Annual report of the Punjab Veterinary College and of the Civil Veterinary Department, Punjab - 1894-1908
Year: 1894
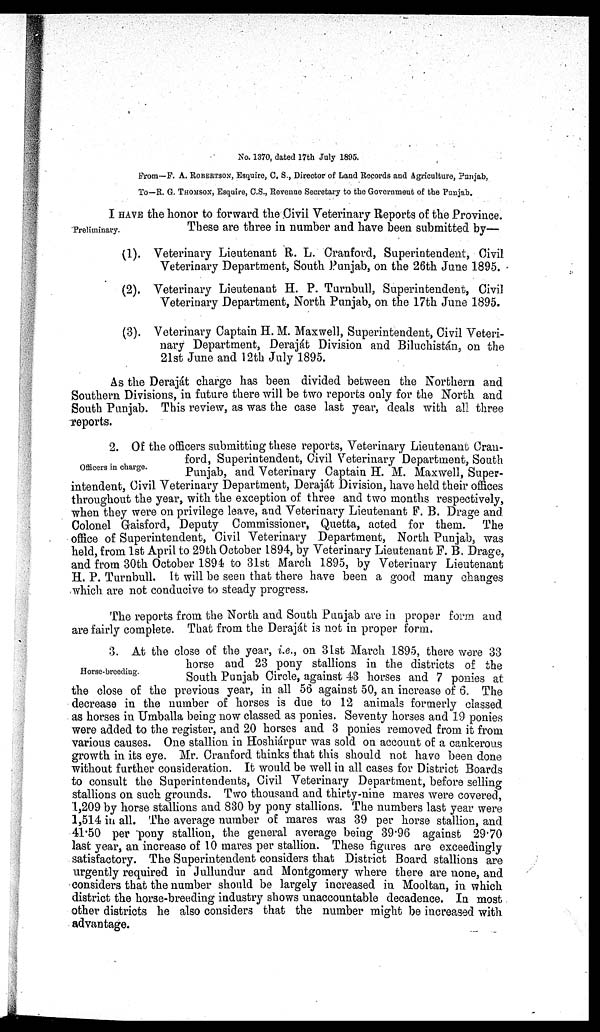
No. 1370, dated 17th July 1895.
From—F. A. ROBERTSON, Esquire, C. S., Director of Land Records and Agriculture, Punjab,
To—R. G. THOMSON, Esquire, C.S., Revenue Secretary to the Government of the Punjab.
Preliminary.
I HAVE the honor to forward the Civil Veterinary Reports of the Province.
These are three in number and have been submitted by—
(1). Veterinary Lieutenant R. L. Cranford, Superintendent, Civil
Veterinary Department, South Punjab, on the 26th June 1895.
(2). Veterinary Lieutenant H. P. Turnbull, Superintendent, Civil
Veterinary Department, North Punjab, on the 17th June 1895.
(3). Veterinary Captain H. M. Maxwell, Superintendent, Civil Veteri-
nary Department, Deraját Division and Biluchistán, on the
21st June and 12th July 1895.
As the Deraját charge has been divided between the Northern and
Southern Divisions, in future there will be two reports only for the North and
South Punjab. This review, as was the case last year, deals with all three
reports.
Officers in charge.
2. Of the officers submitting these reports, Veterinary Lieutenant Cran-
ford, Superintendent, Civil Veterinary Department, South
Punjab, and Veterinary Captain H. M. Maxwell, Super-
intendent, Civil Veterinary Department, Deraját Division, have held their offices
throughout the year, with the exception of three and two months respectively,
when they were on privilege leave, and Veterinary Lieutenant F. B. Drage and
Colonel Gaisford, Deputy Commissioner, Quetta, acted for them. The
office of Superintendent, Civil Veterinary Department, North Punjab, was
held, from 1st April to 29th October 1894, by Veterinary Lieutenant F. B. Drage,
and from 30th October 1894 to 31st March 1895, by Veterinary Lieutenant
H. P. Turnbull. It will be seen that there have been a good many changes
which are not conducive to steady progress.
The reports from the North and South Punjab are in proper form and
are fairly complete. That from the Deraját is not in proper form.
Horse-breeding.
3. At the close of the year, i.e., on 31st March 1895, there were 33
horse and 23 pony stallions in the districts of the
South Punjab Circle, against 43 horses and 7 ponies at
the close of the previous year, in all 56 against 50, an increase of 6. The
decrease in the number of horses is due to 12 animals formerly classed
as horses in Umballa being now classed as ponies. Seventy horses and 19 ponies
were added to the register, and 20 horses and 3 ponies removed from it from
various causes. One stallion in Hoshiárpur was sold on account of a cankerous
growth in its eye. Mr. Cranford thinks that this should not have been done
without further consideration. It would be well in all cases for District Boards
to consult the Superintendents, Civil Veterinary Department, before selling
stallions on such grounds. Two thousand and thirty-nine mares were covered,
1,209 by horse stallions and 830 by pony stallions. The numbers last year were
1,514 in all. The average number of mares was 39 per horse stallion, and
41.50 per pony stallion, the general average being 39.96 against 29.70
last year, an increase of 10 mares per stallion. These figures are exceedingly
satisfactory. The Superintendent considers that District Board stallions are
urgently required in Jullundur and Montgomery where there are none, and
considers that the number should be largely increased in Mooltan, in which
district the horse-breeding industry shows unaccountable decadence. In most
other districts he also considers that the number might be increased with
advantage.